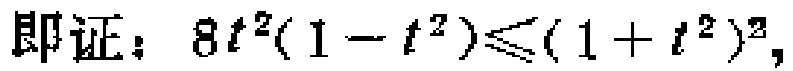
即证：\(8t^{2}(1 - t^{2})\leqslant(1 + t^{2})^{2}\)，